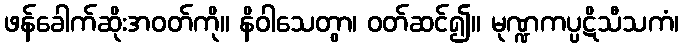
ဖန်ခေါက်ဆိုးအဝတ်ကို။ နိဝါသေတွာ၊ ဝတ်ဆင်၍။ မုဏ္ဍကပ္ပဋိသီသကံ၊